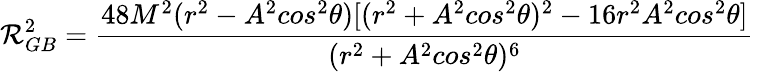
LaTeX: {\cal{R}}_{GB}^{2}={\frac{48M^{2}(r^{2}-A^{2}{cos}^{2}\theta)[(r^{2}+A^{2}{cos}^{2}\theta)^{2}-16r^{2}A^{2}{cos}^{2}\theta]}{(r^{2}+A^{2}{cos}^{2}\theta)^{6}}}\,